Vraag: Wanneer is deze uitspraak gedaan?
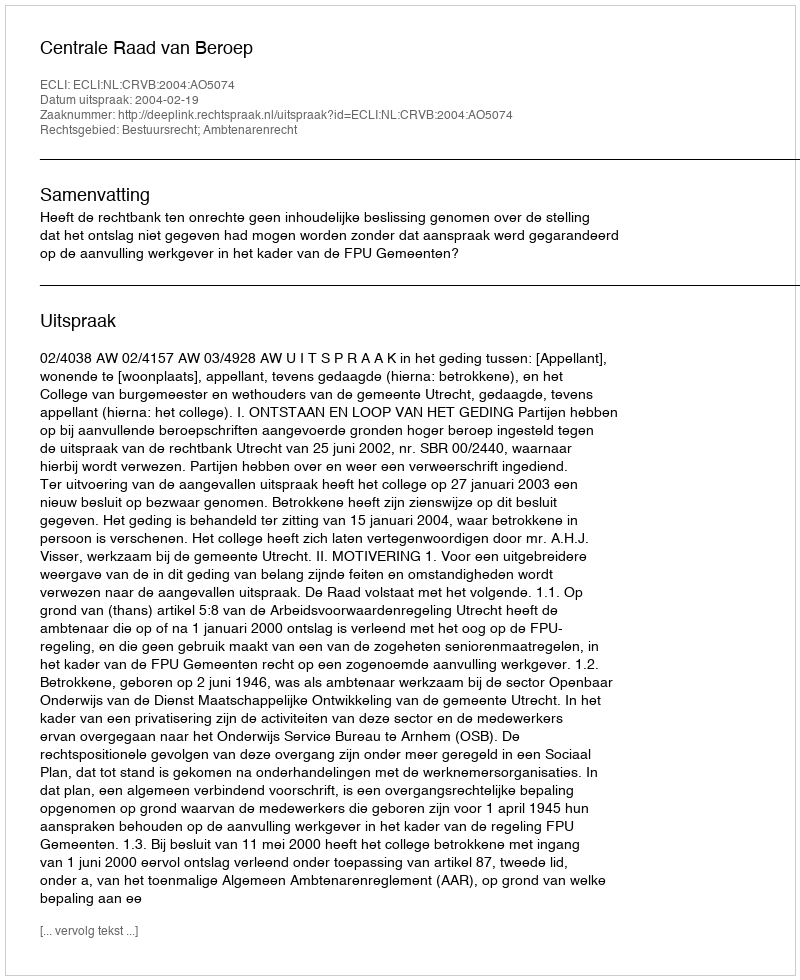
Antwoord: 2004-02-19